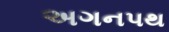
અગનપથ